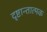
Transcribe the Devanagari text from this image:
दृष्टान्तात्मक